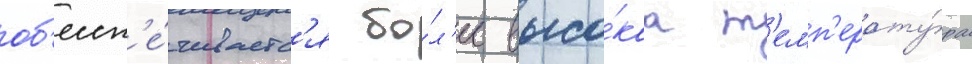
об'есп'е́чиваетс'я бо́л'ее высо́каа т'емп'ерату́ра